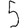
Digit: 5